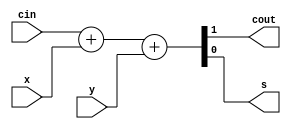
// simple 1-bit Full Adder "fa1b.v" 
module fa1b (cin, x, y, cout, s);
  
  input cin, x, y;
  output cout, s;
  reg cout, s; // variables in always need to be declared
  
  /*
  // gate level description
  and(m, cin, x);
  and(n, x, y);
  and(p, y, cin);
  or(cout, m, n, p);
  xor(s, cin, x, y);
  */
  
  /*
  // data-flow level description
  assign cout = (cout & x) | (x & y) | (y & cin); // &: And, |: Or
  assign s = cin ^ x ^ y; // ^: exclusive OR
  */
  
  // behavior level description
  always@(cin, x, y)
  {cout, s} = cin + x + y;
  
  // ???????QQ
endmodule